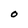
Character: O